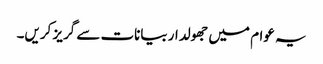
یہ عوام میں جھولدار بیانات سے گریز کریں۔